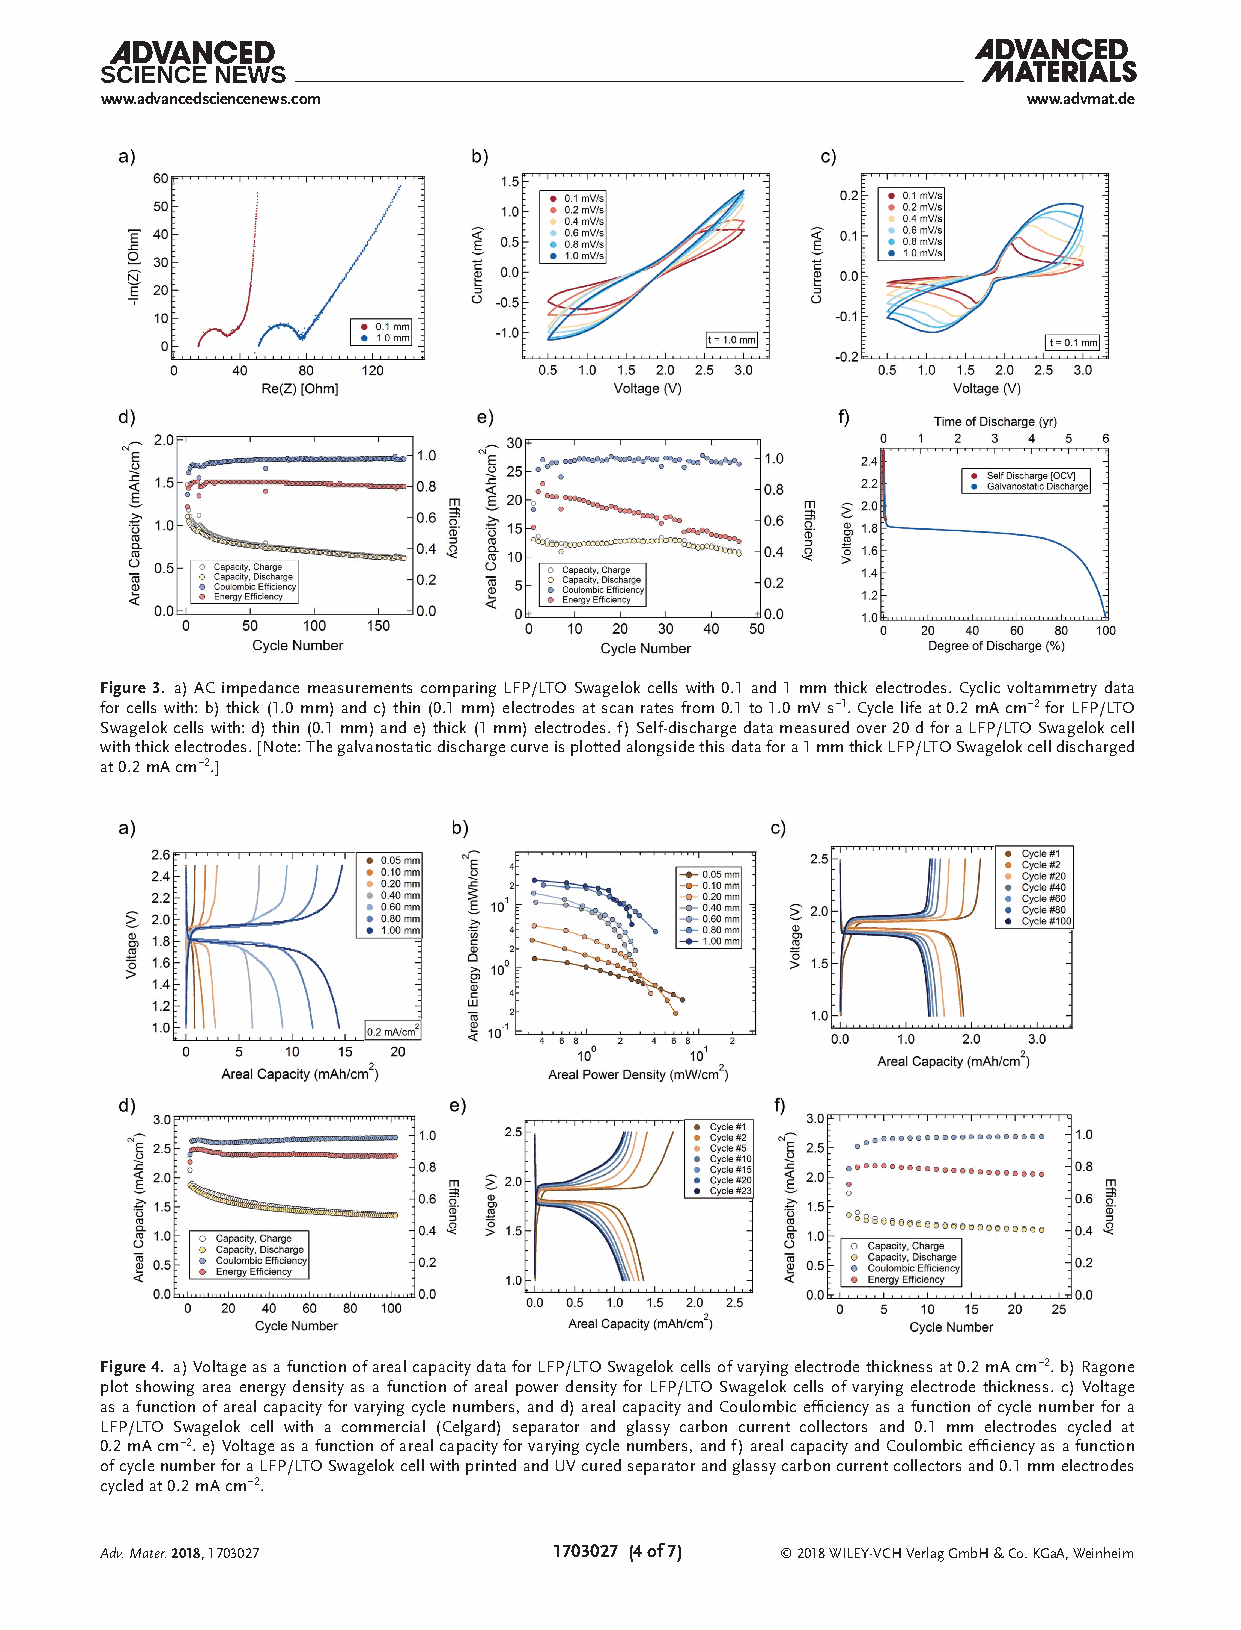
www.advancedsciencenews.com                                  www.advmat.de
 Figure 3. a) AC impedance measurements comparing LFP/LTO Swagelok cells with 0.1 and 1 mm thick electrodes. Cyclic voltammetry data
 for cells with: b) thick (1.0 mm) and c) thin (0.1 mm) electrodes at scan rates from 0.1 to 1.0 mV s−1. Cycle life at 0.2 mA cm−2 for LFP/LTO
 Swagelok cells with: d) thin (0.1 mm) and e) thick (1 mm) electrodes. f) Self-discharge data measured over 20 d for a LFP/LTO Swagelok cell
 with thick electrodes. [Note: The galvanostatic discharge curve is plotted alongside this data for a 1 mm thick LFP/LTO Swagelok cell discharged
 at 0.2 mA cm−2.]
 Figure 4. a) Voltage as a function of areal capacity data for LFP/LTO Swagelok cells of varying electrode thickness at 0.2 mA cm−2. b) Ragone
 plot showing area energy density as a function of areal power density for LFP/LTO Swagelok cells of varying electrode thickness. c) Voltage
 as a function of areal capacity for varying cycle numbers, and d) areal capacity and Coulombic efficiency as a function of cycle number for a
 LFP/LTO Swagelok cell with a commercial (Celgard) separator and glassy carbon current collectors and 0.1 mm electrodes cycled at
 0.2 mA cm−2. e) Voltage as a function of areal capacity for varying cycle numbers, and f) areal capacity and Coulombic efficiency as a function
 of cycle number for a LFP/LTO Swagelok cell with printed and UV cured separator and glassy carbon current collectors and 0.1 mm electrodes
 cycled at 0.2 mA cm−2.
 Adv. Mater. 2018, 1703027     1703027 (4 of 7) © 2018 WILEY-VCH Verlag GmbH & Co. KGaA, Weinheim